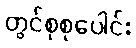
တွင်စုစုပေါင်း